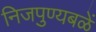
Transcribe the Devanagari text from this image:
निजपुण्यबळें